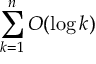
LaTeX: \sum _ { k = 1 } ^ { n } O ( \log k )